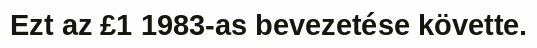
Ezt az £1 1983-as bevezetése követte.